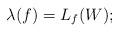
LaTeX: \begin{align*} \lambda(f) = L_f(W); \end{align*}